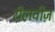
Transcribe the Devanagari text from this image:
रीलवीज़